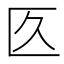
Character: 匛